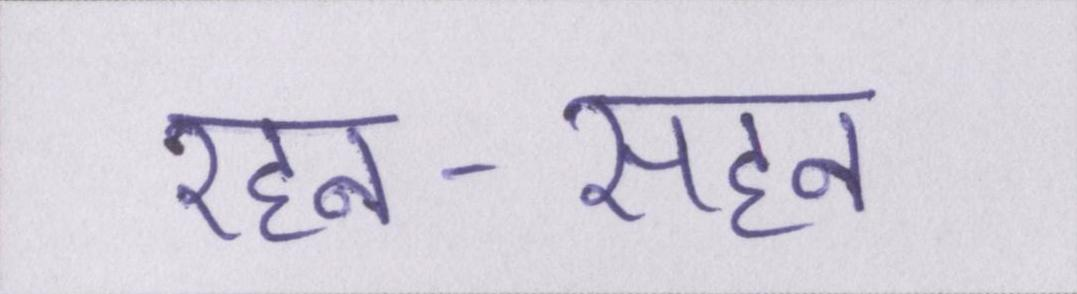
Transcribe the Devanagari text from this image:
रहन-सहन